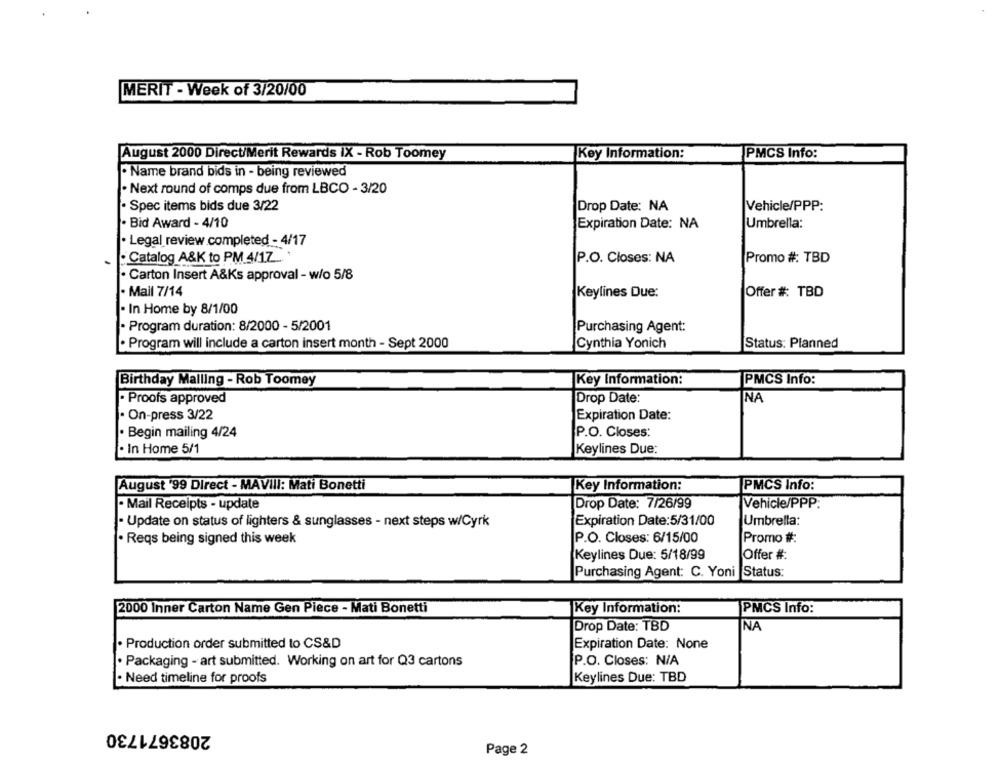
MERIT - Week of 3/20/00
August 2000 Direct/Merit Rewards IX - Rob Toomey
Key Information:
PMCS Info:
· Name brand bids in - being reviewed
. Next round of comps due from LBCO - 3/20
· Spec items bids due 3/22
Vehicle/PPP:
Drop Date: NA
· Bid Award - 4/10
Expiration Date: NA
Umbrella:
· Legal review completed - 4/17
Catalog A&K to PM 4/17.'
P.O. Closes: NA
Promo #: TBD
· Carton Insert A&Ks approval - w/o 5/8
· Mail 7/14
Keylines Due:
Offer #: TBD
- In Home by 8/1/00
· Program duration: 8/2000 - 5/2001
Purchasing Agent:
. Program will include a carton insert month - Sept 2000
Cynthia Yonich
Status: Planned
Birthday Malling - Rob Toomey
Key Information:
PMCS Info:
- Proofs approved
Drop Date:
NA
· On-press 3/22
Expiration Date:
· Begin mailing 4/24
P.O. Closes:
· In Home 5/1
Keylines Due:
August '99 Direct - MAVIII: Mati Bonetti
Key Information:
PMCS Info:
Drop Date: 7/26/99
- Mail Receipts - update
Vehicle/PPP:
- Update on status of lighters & sunglasses - next steps w/Cyrk
Expiration Date:5/31/00
Umbrella:
. Reqs being signed this week
P.O. Closes: 6/15/00
Promo #:
Keylines Due: 5/18/99
Offer #:
Purchasing Agent: C. Yoni Status:
2000 Inner Carton Name Gen Piece - Mati Bonetti
Key Information:
PMCS Info:
Drop Date: TBD
NA
Production order submitted to CS&D
Expiration Date: None
· Packaging - art submitted. Working on art for Q3 cartons
P.O. Closes: N/A
· Need timeline for proofs
Keylines Due: TBD
2083671730
Page 2